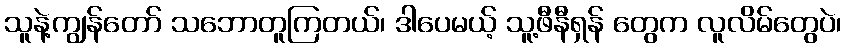
သူနဲ့ကျွန်တော် သဘောတူကြတယ်၊ ဒါပေမယ့် သူ့ဖီနီရှန် တွေက လူလိမ်တွေပဲ၊